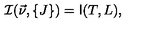
{ \cal I } ( \vec { \nu } , \{ J \} ) = \mathrm { \sf I } ( T , L ) ,